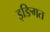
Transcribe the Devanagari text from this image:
इङिगत